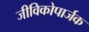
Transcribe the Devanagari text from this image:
जीविकोपार्जक